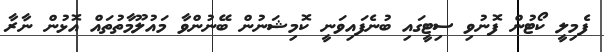
ފެމިލީ ކޯޓުން ފޮނުވި ސިޓީގައި ބުނެފައިވަނީ ކޮމިޝަނުން ބޭނުންވާ މައުލޫމާތުތައް އޮޅުން ނާރާ